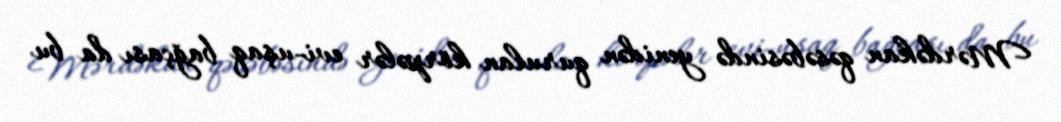
Mərdəkan qəsəbəsində yenidən qurulan körpələr evi-uşaq bağçası da bu